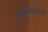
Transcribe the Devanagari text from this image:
बायोकैमिकल